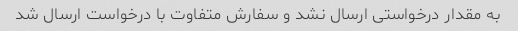
به مقدار درخواستی ارسال نشد و سفارش متفاوت با درخواست ارسال شد